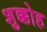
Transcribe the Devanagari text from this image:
शुक्कोह